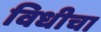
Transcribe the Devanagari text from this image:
विधीचा